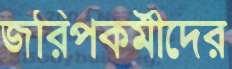
জরিপকর্মীদের